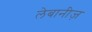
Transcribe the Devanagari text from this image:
लेबानीज़